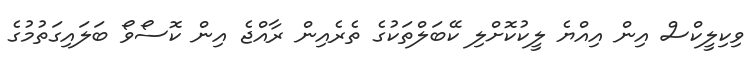
ވިކިލީކްސް އިން އިއްޔެ ލީކުކޮށްލި ކޭބަލްތަކުގެ ތެރެއިން ރާއްޖެ އިން ކޮސޯވޯ ބަލައިގަތުމުގެ